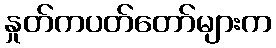
နှုတ်ကပတ်တော်များက